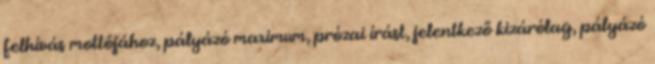
felhívás mottójához, pályázó maximum, prózai írást, jelentkező kizárólag, pályázó